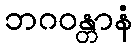
ဘဂဝန္တာနံ